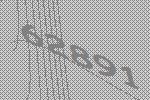
62891